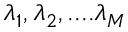
\lambda _ { 1 } , \lambda _ { 2 } , . . . . \lambda _ { M }